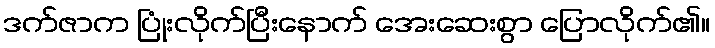
ဒက်ဇာက ပြုံးလိုက်ပြီးနောက် အေးဆေးစွာ ပြောလိုက်၏။